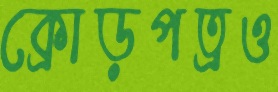
ক্রোড়পত্রও